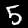
Label: 5